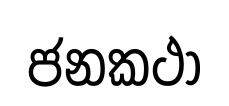
ජනකථා